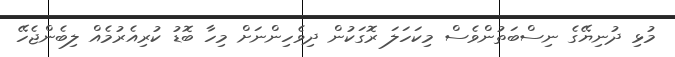
މުޅި ދުނިޔޭގެ ނިސްބަތުންވެސް މިކަހަލަ ރޮގަކުން ދިވެހިންނަށް މިހާ ބޮޑު ކުރިއެރުމެއް ލިބެންޖެހޭ